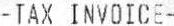
-TAX INVOICE-